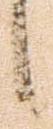
候